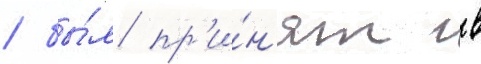
/ бы́л пр'и́н'ят в